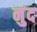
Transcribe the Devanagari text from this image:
नुंद